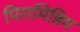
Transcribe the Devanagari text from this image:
पिरामिडिय